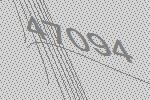
47094